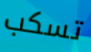
تسكب